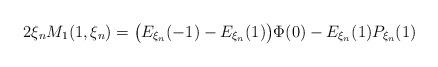
LaTeX: \begin{align*}2\xi_n M_1(1,\xi_n) = \big(E_{\xi_n}(-1)-E_{\xi_n}(1)\big)\Phi(0)- E_{\xi_n}(1)P_{\xi_n}(1)\end{align*}